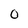
Character: 0